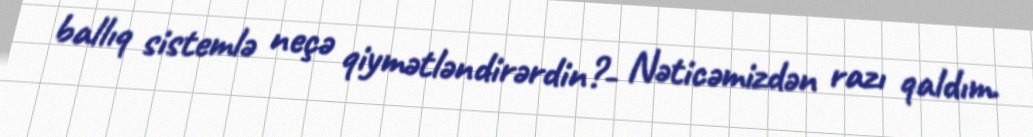
ballıq sistemlə neçə qiymətləndirərdin?- Nəticəmizdən razı qaldım.